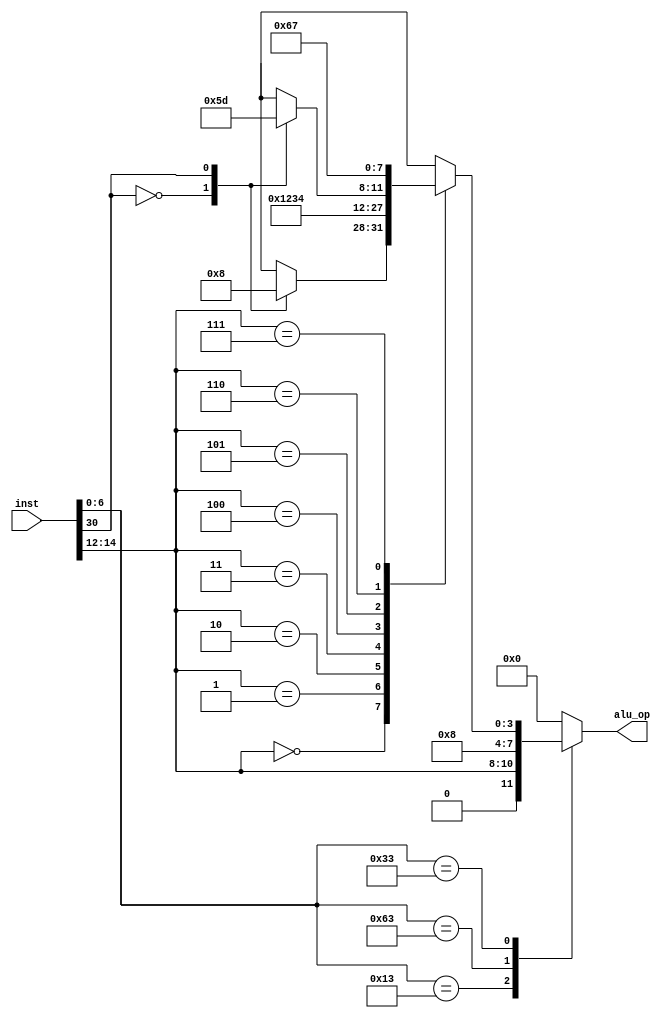
module ALUOP (
    input [31:0] inst,
    output [3:0] alu_op
);
    wire [6:0] op_code = inst[6:0];
    wire [2:0] funct3 = inst[14:12];
    wire funct7 = inst[30];

    reg [3:0] alu_op_reg;

    always @* begin 
        case (op_code)
        7'b0010011:begin 
            alu_op_reg = {1'b0, funct3};
        end
        //lw
        7'b0100011:begin
            alu_op_reg = 4'b0000;
        end
        //sw
        7'b0000011:begin
            alu_op_reg = 4'b0000;
        end
        //bne,beq and other b-type
        7'b1100011:begin
            alu_op_reg = 4'b1000;
        end
        //lui
        7'b0110111:begin
            alu_op_reg = 4'b0000;
        end
        //jal
        7'b1101111:begin
            alu_op_reg = 4'b0000;
        end
        //R-type
        7'b0110011:begin
            case (funct3)
            3'b000:begin
                case (funct7)
                1'b0:begin // add
                    alu_op_reg = 4'b0000;
                end
                1'b1:begin // sub
                    alu_op_reg = 4'b1000;
                end
                endcase
            end
            3'b001:begin // sll
                alu_op_reg = 4'b0001;
            end
            3'b010:begin // slt
                alu_op_reg = 4'b0010;
            end
            3'b011:begin // sltu
                alu_op_reg = 4'b0011;
            end
            3'b100:begin // xor
                alu_op_reg = 4'b0100;
            end
            3'b101:begin // srl or sra
                case (funct7) 
                1'b0:begin // srl
                    alu_op_reg = 4'b0101;
                end
                1'b1:begin // sra
                    alu_op_reg = 4'b1101;
                end
                endcase
            end
            3'b110:begin // or
                alu_op_reg = 4'b0110;
            end
            3'b111:begin // and
                alu_op_reg = 4'b0111;
            end
            default:begin
                alu_op_reg = 4'b0000;
            end
            endcase
        end
        default:begin
            alu_op_reg = 4'b0000;
        end
        endcase

    end

    assign alu_op = alu_op_reg;

endmodule